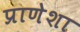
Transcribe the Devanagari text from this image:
प्राणेशा